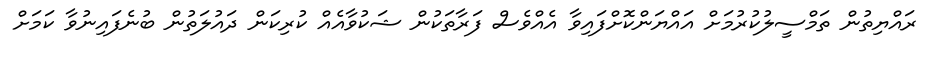
ރައްޔިތުން ތަމްސީލުކުރުމަށް އައްޔަންކޮށްފައިވާ އެއްވެސް ފަރާތަކުން ޝަކުވާއެއް ކުރިކަން ދައުލަތުން ބުނެފައިނުވާ ކަމަށް